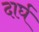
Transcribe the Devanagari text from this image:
दार्घ